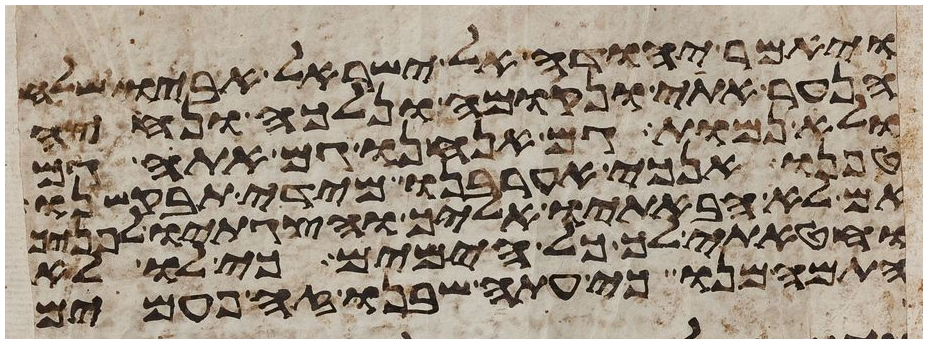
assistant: ויאמר יהודה אל ישראל אביו שלח
הנער אתי ונקומה ונלכה ונחיה
ולא נמות גם אנחנו גם אתה גם
טפנו אנכי אערבנו מידי תבקשנו
אם לא הבאתיו אליך והצגתיו לפניך
וחטאתי לך כל הימים כי לו לא
התמהמנו כי עתה שבנו זה פעמים